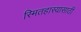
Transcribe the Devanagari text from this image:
स्मितहास्यासाठी